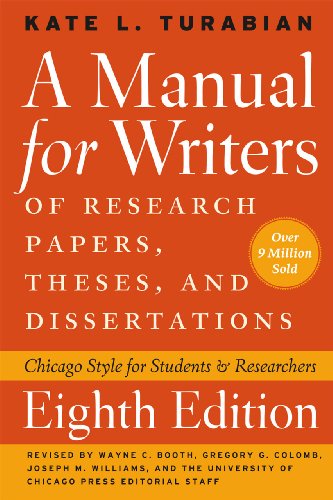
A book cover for A Manual for Writers of Research Papers, Theses, and Dissertations, Eighth Edition: Chicago Style for Students and Researchers (Chicago Guides to Writing, Editing, and Publishing); Kate L. Turabian; Medical Books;